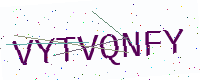
Text: VYTVQNFY